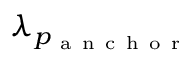
\lambda _ { p _ { \mathrm { ~ a ~ n ~ c ~ h ~ o ~ r ~ } } }